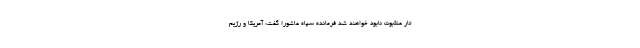
تار عنکبوت نابود خواهند شد فرمانده سپاه عاشورا گفت: آمریکا و رژیم